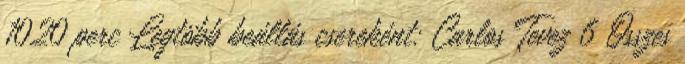
1020 perc Legtöbb beállás csereként: Carlos Tevez 6 Összes